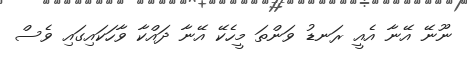
ނޫނޭ އޭނާ އެއީ ރަނޑު ވަންތަ މީހެކޭ އޭނާ ދައްކާ ވާހަކައިގައި ވެސް